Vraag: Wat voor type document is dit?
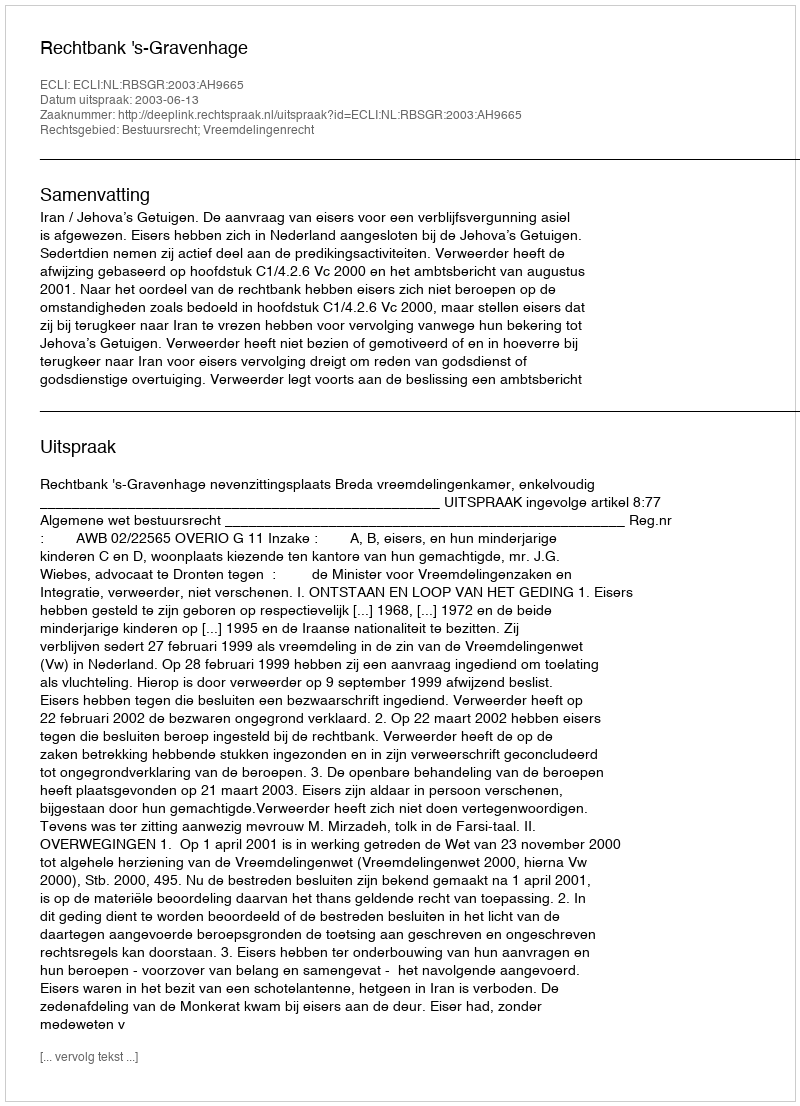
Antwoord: Uitspraak